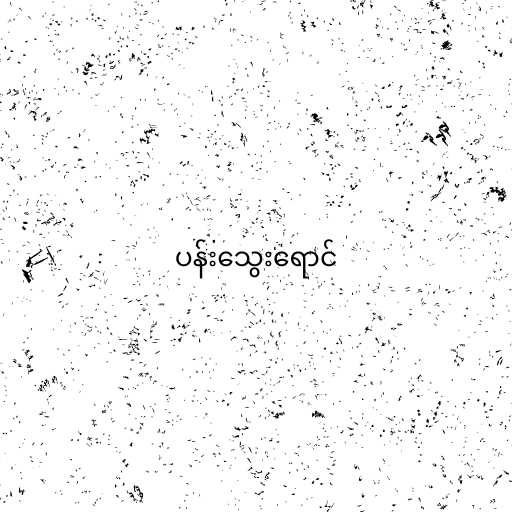
ပန်းသွေးရောင်